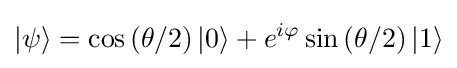
|\psi \rangle =\cos \left(\theta /2\right)|0\rangle +e^{i\varphi }\sin \left(\theta /2\right)|1\rangle